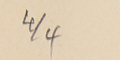
4/4